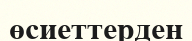
өсиеттерден